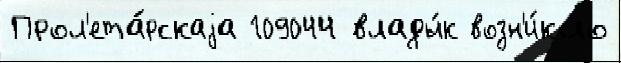
Прол'ета́рскаjа 109044 влады́к возн'и́кло